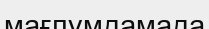
мағлұмдамада